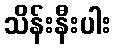
သိန်းနီးပါး